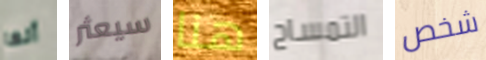
أنها سيعثر هنا التمساح شخص